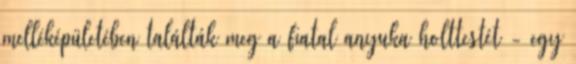
melléképületében találták meg a fiatal anyuka holttestét - egy